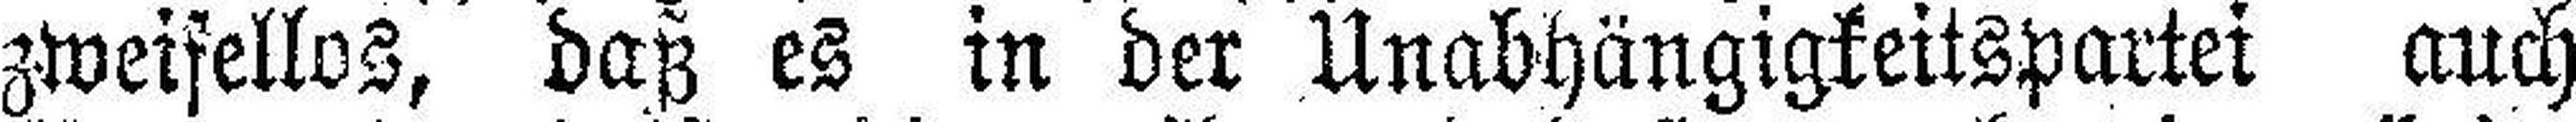
zweifellos, daß es in der Unabhängigkeitspartei auch